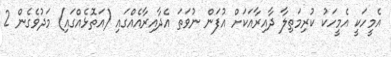
އެމީހަކީ އެމީހަކު ކުރިމަތިލާ ދާއިރާއަކަށް އުފަން ނުވަތަ އެދާއިރާއެއްގައި (އަތޮޅެއްގައި) މަދުވެގެން 2